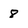
Character: 8